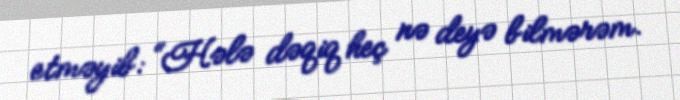
etməyib: “Hələ dəqiq heç nə deyə bilmərəm.